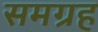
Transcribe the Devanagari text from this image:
समग्रह